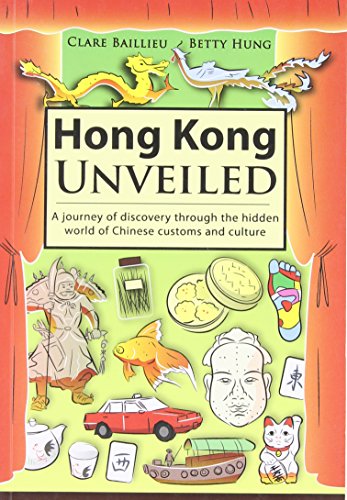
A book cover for Hong Kong Unveiled: A Journey of Discovery Through the Hidden World of Chinese Customs and Culture; Clare Baillieu; Travel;